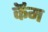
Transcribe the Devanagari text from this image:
कॅम